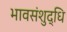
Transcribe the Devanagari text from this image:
भावसंशुद्धि